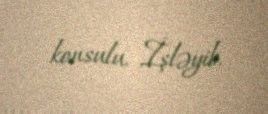
konsulu, İşləyib.